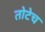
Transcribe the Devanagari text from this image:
तोटेच